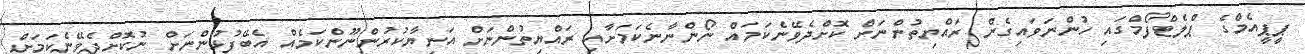
ޕީޕީއެމްގެ ޕްލެޓްފޯމްގައި ހުންނަވައިގެން ރައްޔިތުންނަށް ކޮށްދެވޭނެކަމައް ނޯންނާނެކަމަށާއި ރައްޔިތުންނަށް އަނިޔާކުރުންނޫންކަމެއް އެބޭފުޅުންނަށް ނުކޮށްދެވޭނެކަމަށް